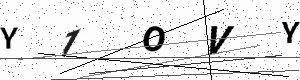
Text: Y1OVY